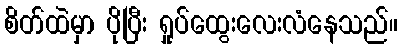
စိတ်ထဲမှာ ပိုပြီး ရှုပ်ထွေးလေးလံနေသည်။